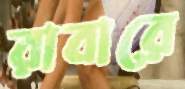
রাবারে